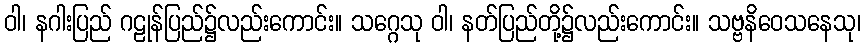
ဝါ၊ နဂါးပြည် ဂဠုန်ပြည်၌လည်းကောင်း။ သဂ္ဂေသု ဝါ၊ နတ်ပြည်တို့၌လည်းကောင်း။ သဗ္ဗနိဝေသနေသု၊